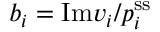
b _ { i } = \mathrm { I m } v _ { i } / p _ { i } ^ { \mathrm { s s } }